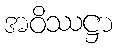
အဝိဿဋ္ဌာ